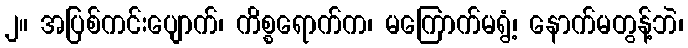
၂။ အပြစ်ကင်းပျောက်၊ ကိစ္စရောက်က၊ မကြောက်မရွံ့၊ နောက်မတွန့်ဘဲ၊